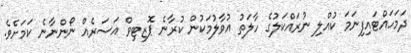
ދަމަހައްޓައިފިނަމަ ކުއްލި ނުރައްކަލުގެ ހާލަތު އުވާލުމަކުން ކުރާނެ ޕޮޒިޓިވް އަސަރެއް ނޯންނާނެ ކަމަށެވެ.